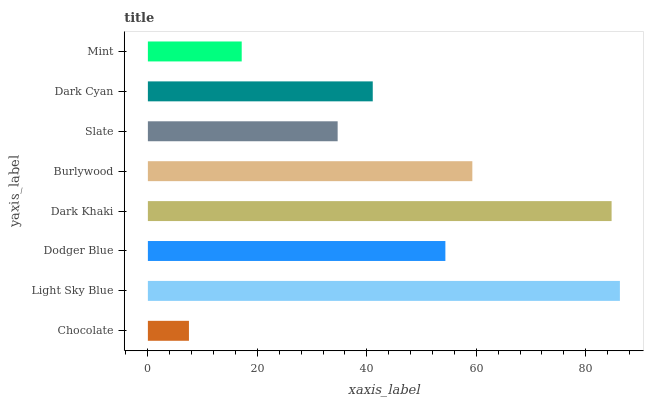
| yaxis_label | bars |
 | --- | --- |
 | Chocolate | 7.5 |
 | Light Sky Blue | 86.2 |
 | Dodger Blue | 54.4 |
 | Dark Khaki | 84.7 |
 | Burlywood | 59.3 |
 | Slate | 34.7 |
 | Dark Cyan | 41.1 |
 | Mint | 17.1 |